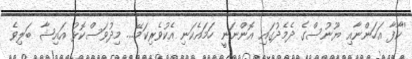
''ކާފާ އަހަންނާއި ޔޫނުސްގެ ދެމެދުގައި އޮންނަނީ ހަމައެކަނި އެކުވެރިކަމޭ... މިދުވަސްކޮޅު އައިޝާ ބަލިވެ